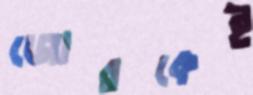
জোরকেই